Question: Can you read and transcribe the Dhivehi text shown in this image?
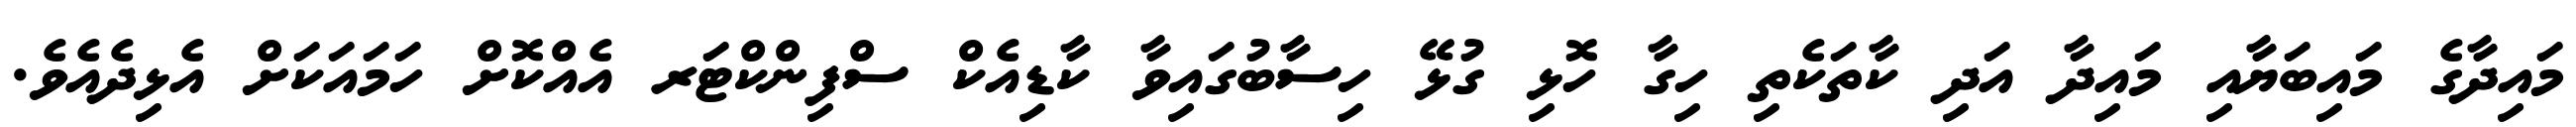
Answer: މައިދާގެ މައިބަޔާއި މައިދާ އަދި ކާތަކެތި ހިގާ ހޮޅި ގުޅޭ ހިސާބުގައިވާ ކާޑިއެކް ސްފިންކްޓަރ އެއްކޮށް ހަމައަކަށް އެޅިދެއެވެ.